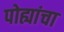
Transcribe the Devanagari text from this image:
पोह्यांचा